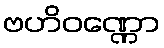
ဗဟိဝဏ္ဏော